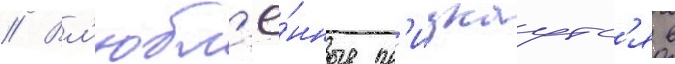
// Вл'юбл'ё́нные пр'изнаутс'я в